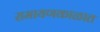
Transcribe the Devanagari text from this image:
रामायणकाळात